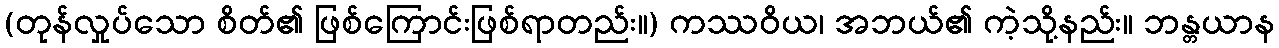
(တုန်လှုပ်သော စိတ်၏ ဖြစ်ကြောင်းဖြစ်ရာတည်း။) ကဿဝိယ၊ အဘယ်၏ ကဲ့သို့နည်း။ ဘန္တယာန